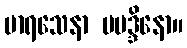
မာရသေနာ ပမဒ္ဒိနော။